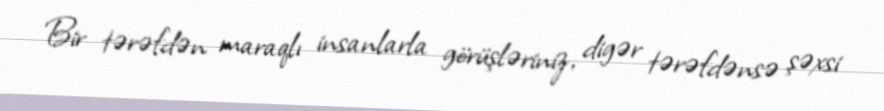
Bir tərəfdən maraqlı insanlarla görüşləriniz, digər tərəfdənsə şəxsi